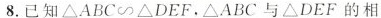
8.已知ΔABC\sim △DEF，△ABC与ΔDEF的相